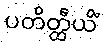
ပတိတ္ထီယိံ